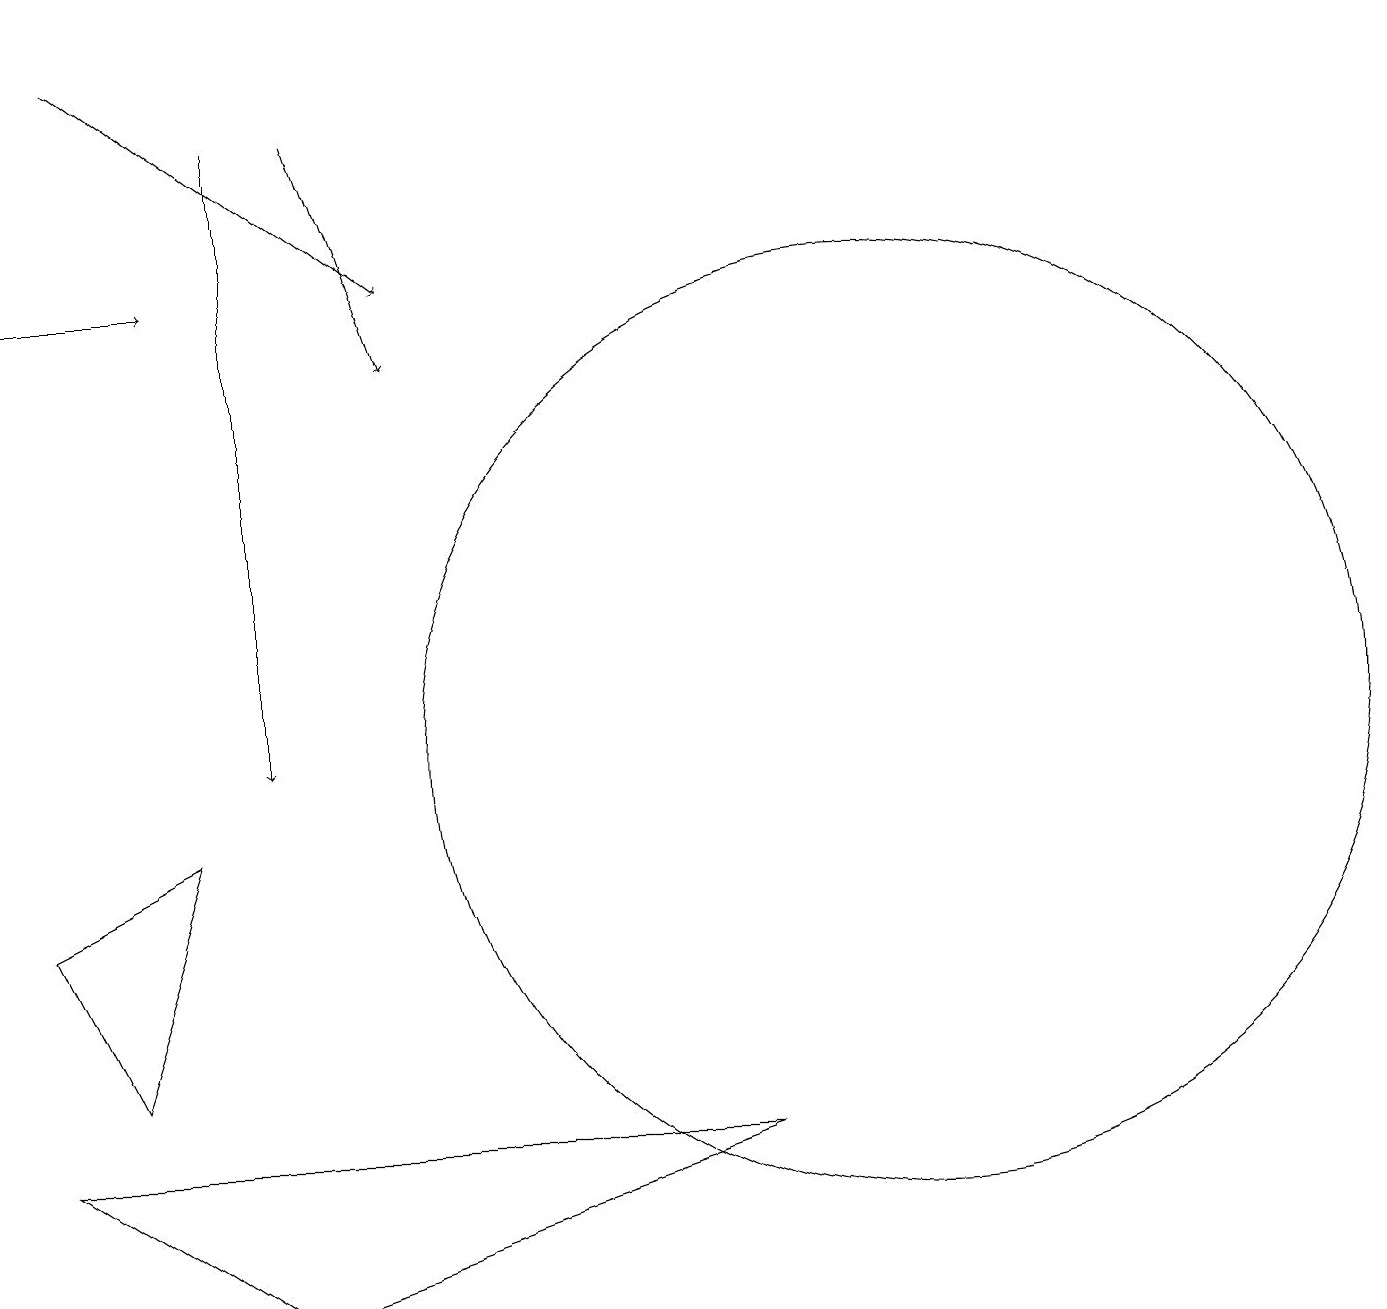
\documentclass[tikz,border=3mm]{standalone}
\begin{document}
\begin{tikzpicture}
\draw[->] (4,18) -- (5,15);
\draw (0,8) -- (2,9) -- (1,6) -- cycle;
\draw[->] (1,19) -- (5,16);
\draw (0,5) -- (3,3) -- (9,5) -- cycle;
\draw[->] (0,16) -- (2,16);
\draw[->] (3,18) -- (3,10);
\draw (11,10) circle (6);
\draw (11,10) circle (0);
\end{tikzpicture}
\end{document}